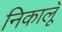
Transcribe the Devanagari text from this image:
निकालूॅ